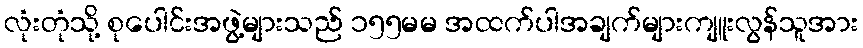
လုံးတုံသို့ စုပေါင်းအဖွဲ့များသည် ၁၅၅မမ အထက်ပါအချက်များကျူးလွန်သူအား